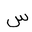
Letter: _sin